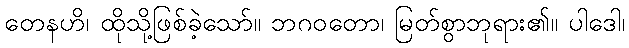
တေနဟိ၊ ထိုသို့ဖြစ်ခဲ့သော်။ ဘဂဝတော၊ မြတ်စွာဘုရား၏။ ပါဒေါ၊